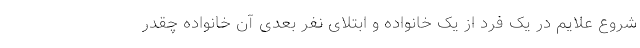
شروع علایم در یک فرد از یک خانواده و ابتلای نفر بعدی آن خانواده چقدر